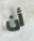
أن